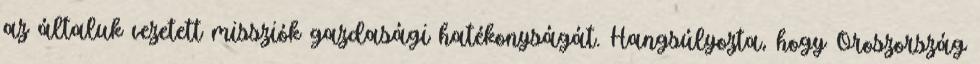
az általuk vezetett missziók gazdasági hatékonyságát. Hangsúlyozta, hogy Oroszország